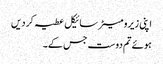
اپنی زیرو میٹر سائیکل عطیہ کر دیں
ہوئے تم دوست جس کے۔